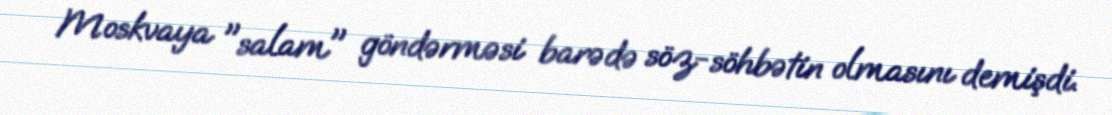
Moskvaya "salam" göndərməsi barədə söz-söhbətin olmasını demişdi.